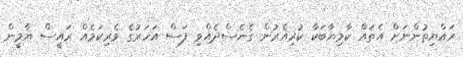
ރައްޔިތުންނަށް އެތައް ކާމިޔާބަކާ ކުރިއެރުން ގެނެސްދެއްވި ފަސް އަހަރުގެ ވެރިކަމެއް ރައީސް ޔާމީން